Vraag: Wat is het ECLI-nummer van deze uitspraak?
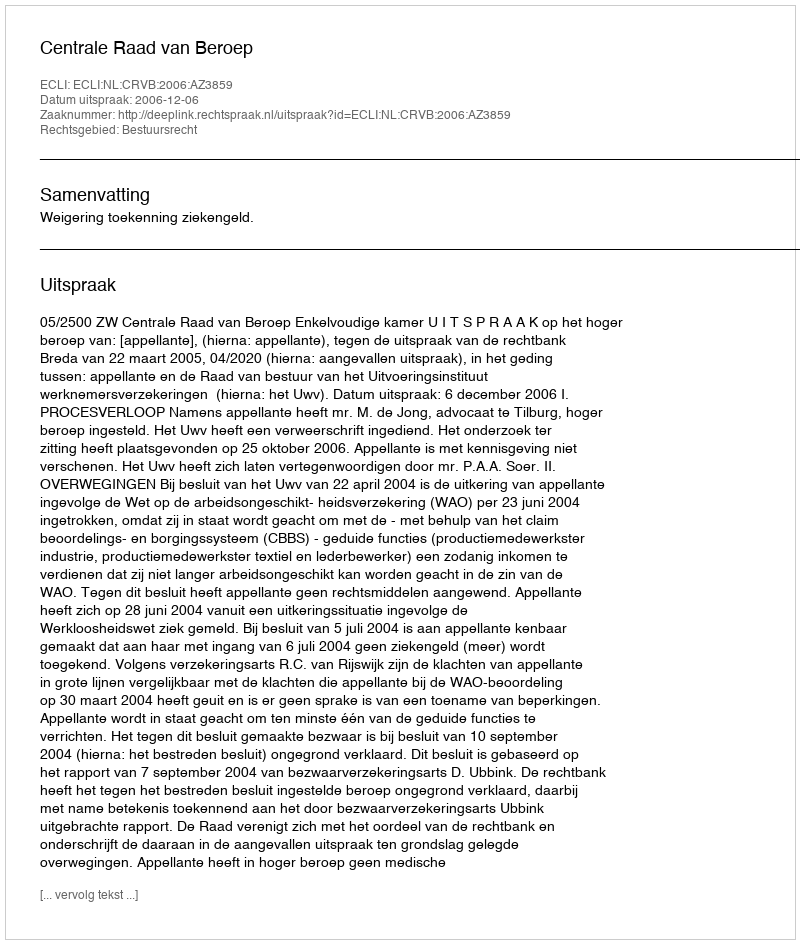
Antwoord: ECLI:NL:CRVB:2006:AZ3859